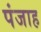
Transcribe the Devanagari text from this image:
पंजाह